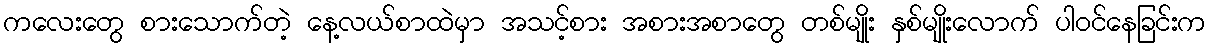
ကလေးတွေ စားသောက်တဲ့ နေ့လယ်စာထဲမှာ အသင့်စား အစားအစာတွေ တစ်မျိုး နှစ်မျိုးလောက် ပါဝင်နေခြင်းက